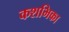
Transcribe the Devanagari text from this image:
कशभिका